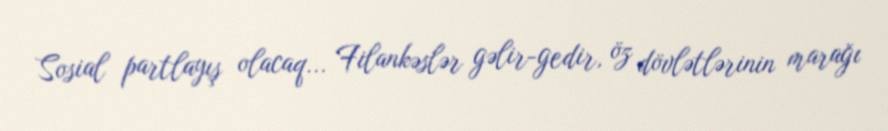
Sosial partlayış olacaq... Filankəslər gəlir-gedir, öz dövlətlərinin marağı